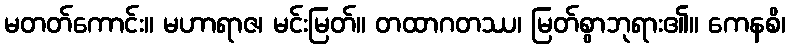
မတတ်ကောင်း။ မဟာရာဇ၊ မင်းမြတ်။ တထာဂတဿ၊ မြတ်စွာဘုရား၏။ ကေနစိ၊